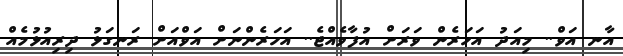
އާނ އަވް.. މިއަދު އަހަރެން ވަރަށް އުފާވެއްޖެ.. އަހަރެންނަށް އަވްއަށް ރަނގަޅު ދިރިއުޅުމެއް